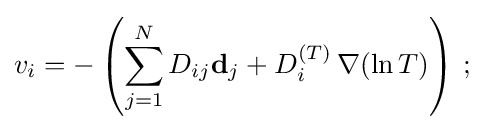
v_{i}=-\left(\sum _{j=1}^{N}D_{ij}\mathbf {d} _{j}+D_{i}^{(T)}\,\nabla (\ln T)\right)\,;